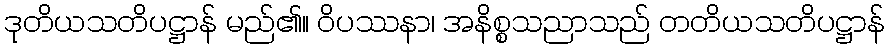
ဒုတိယသတိပဋ္ဌာန် မည်၏။ ဝိပဿနာ၊ အနိစ္စသညာသည် တတိယသတိပဋ္ဌာန်